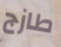
طازج